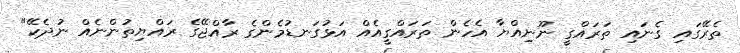
ތެރޭގައި ގެނައި ތަރައްގީ ނޫނިއްޔާ އެހެން ތަރައްގީއެއް އަޅުގަނޑުމެންގެ ރާއްޖޭގެ ރައްޔިތުންނެއް ނުދެކޭ"